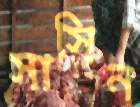
সাসিন